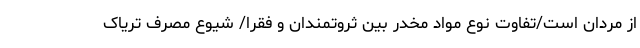
از مردان است/تفاوت نوع مواد مخدر بین ثروتمندان و فقرا/ شیوع مصرف تریاک